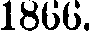
1866.